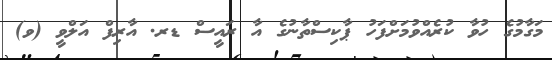
މަގާމުގެ ހުވާ ކުރެއްވުމަށްފަހު ޕާކިސްތާނުގެ އާ ރައީސް ޑރ. އާރިފް އަލްވީ (ވ)